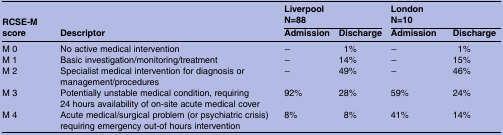
<table><thead><tr><td rowspan="2"><b>RCSE-M score</b></td><td rowspan="2"><b>Descriptor</b></td><td colspan="2"><b>LiverpoolN=88</b></td><td colspan="2"><b>LondonN=10</b></td></tr><tr><td><b>Admission</b></td><td><b>Discharge</b></td><td><b>Admission</b></td><td><b>Discharge</b></td></tr></thead><tbody><tr><td>M 0</td><td>No active medical intervention</td><td>−</td><td>1%</td><td>−</td><td>1%</td></tr><tr><td>M 1</td><td>Basic investigation/monitoring/treatment</td><td>−</td><td>14%</td><td>−</td><td>15%</td></tr><tr><td>M 2</td><td>Specialist medical intervention for diagnosis or management/procedures</td><td>−</td><td>49%</td><td>−</td><td>46%</td></tr><tr><td>M 3</td><td>Potentially unstable medical condition, requiring 24 hours availability of on-site acute medical cover</td><td>92%</td><td>28%</td><td>59%</td><td>24%</td></tr><tr><td>M 4</td><td>Acute medical/surgical problem (or psychiatric crisis) requiring emergency out-of hours intervention</td><td>8%</td><td>8%</td><td>41%</td><td>14%</td></tr></tbody></table>